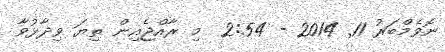
ނޮވެމްބަރު 11